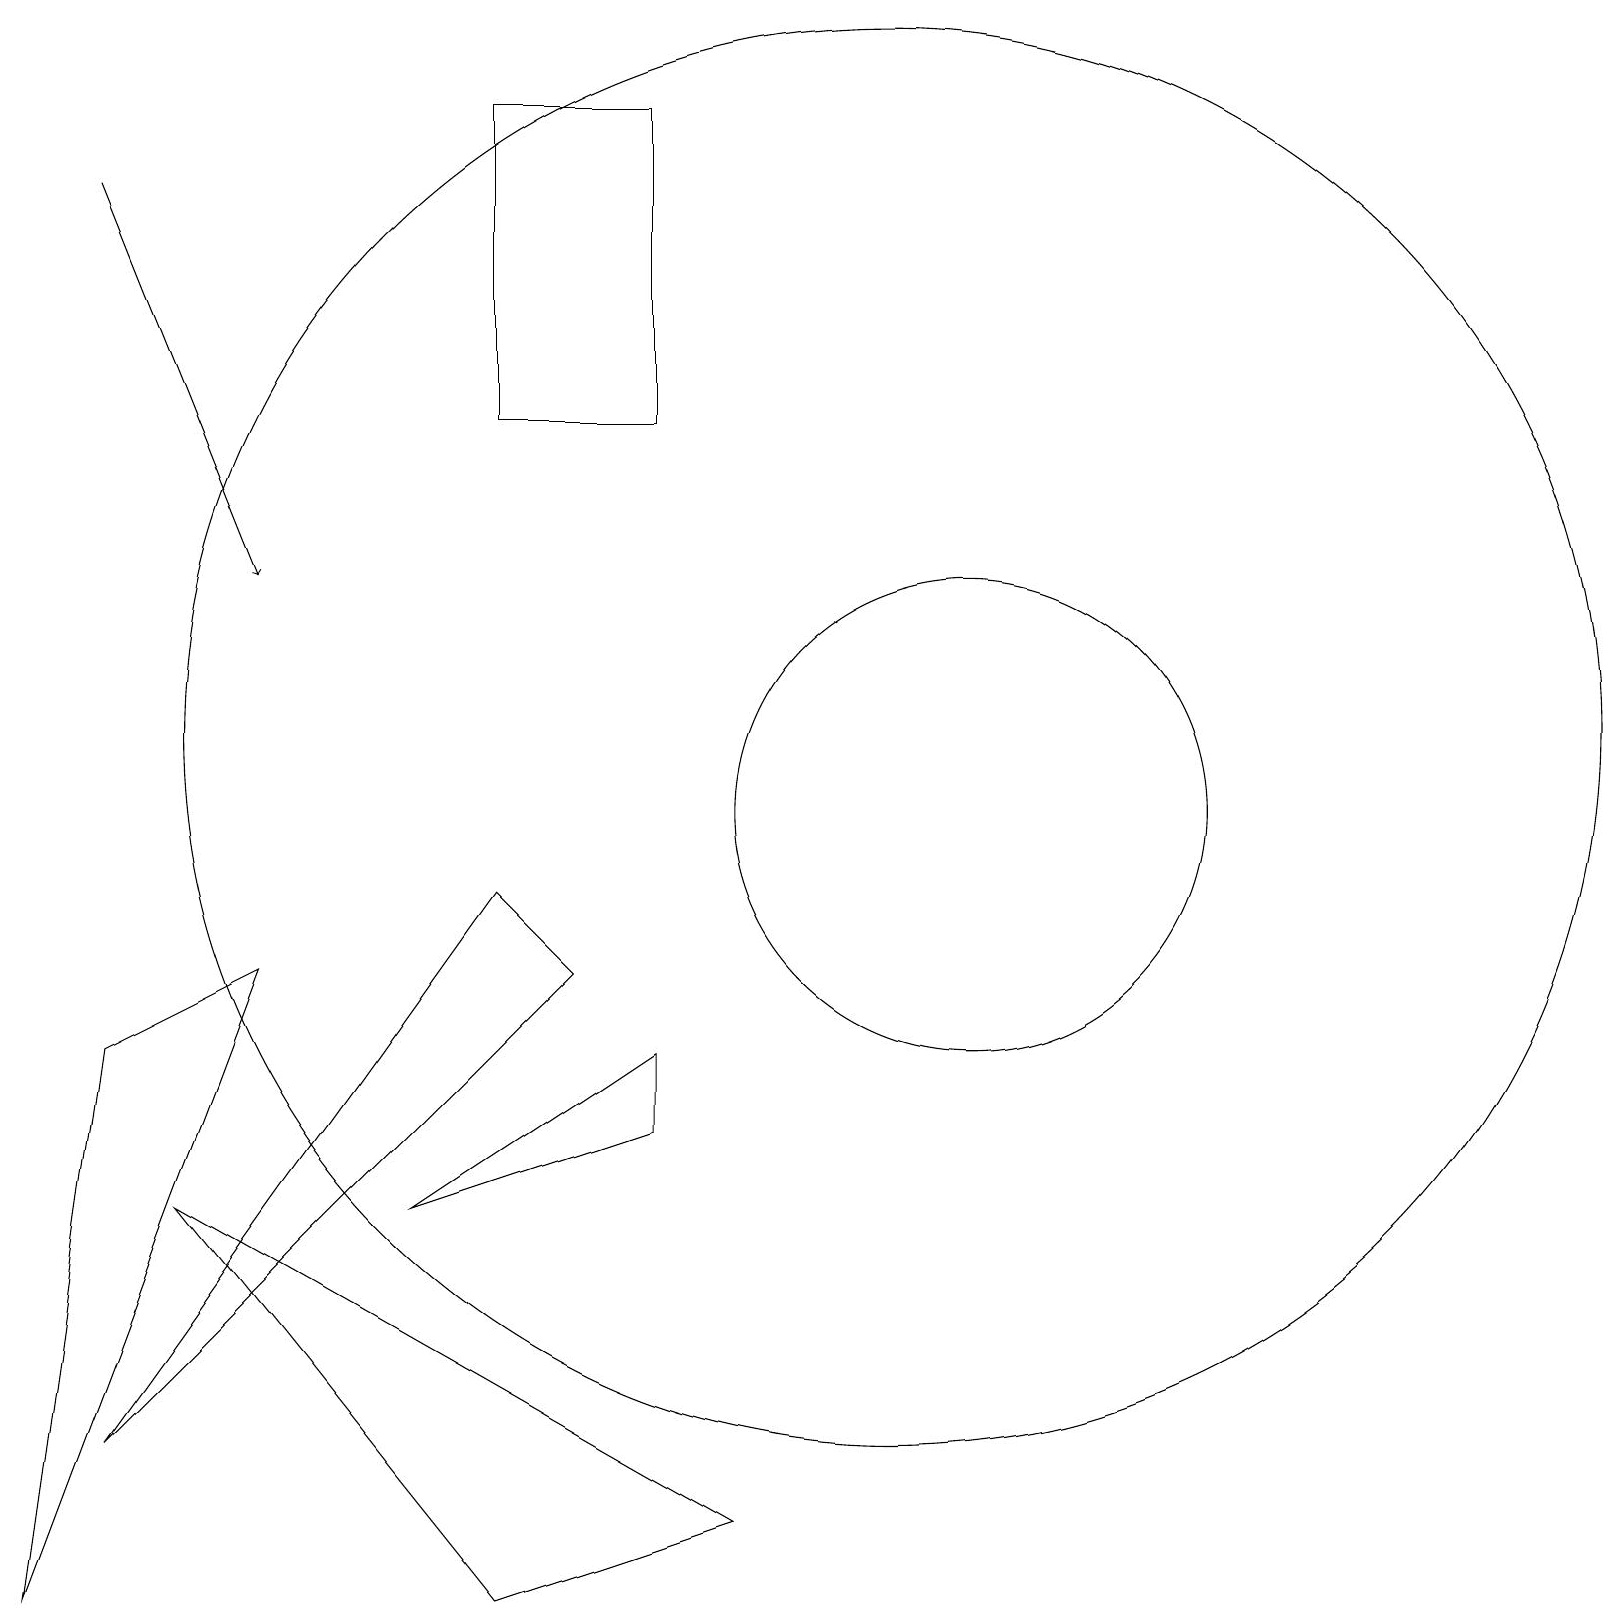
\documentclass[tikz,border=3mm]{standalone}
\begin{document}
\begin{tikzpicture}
\draw (6,0) -- (2,5) -- (9,1) -- cycle;
\draw (12,10) circle (3);
\draw (6,19) rectangle (8,15);
\draw[->] (1,18) -- (3,13);
\draw (11,11) circle (9);
\draw (6,9) -- (1,2) -- (7,8) -- cycle;
\draw (1,7) -- (0,0) -- (3,8) -- cycle;
\draw (8,7) -- (8,6) -- (5,5) -- cycle;
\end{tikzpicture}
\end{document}